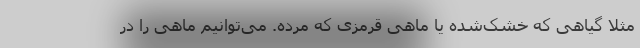
مثلاً گیاهی که خشک‌شده یا ماهی قرمزی که مرده. می‌توانیم ماهی را در